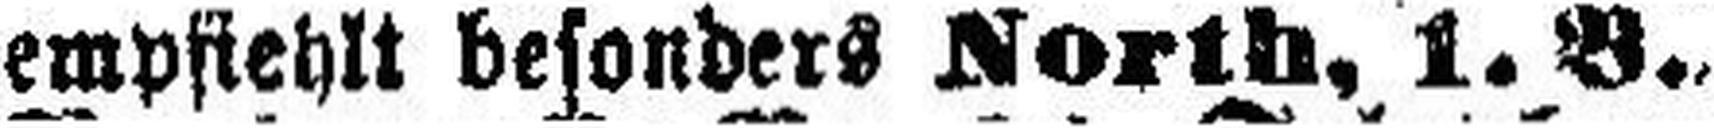
empfiehlt besonders North, 1. B.